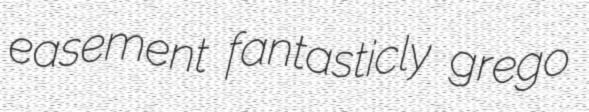
easement fantasticly grego